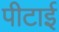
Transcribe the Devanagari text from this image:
पीटाई